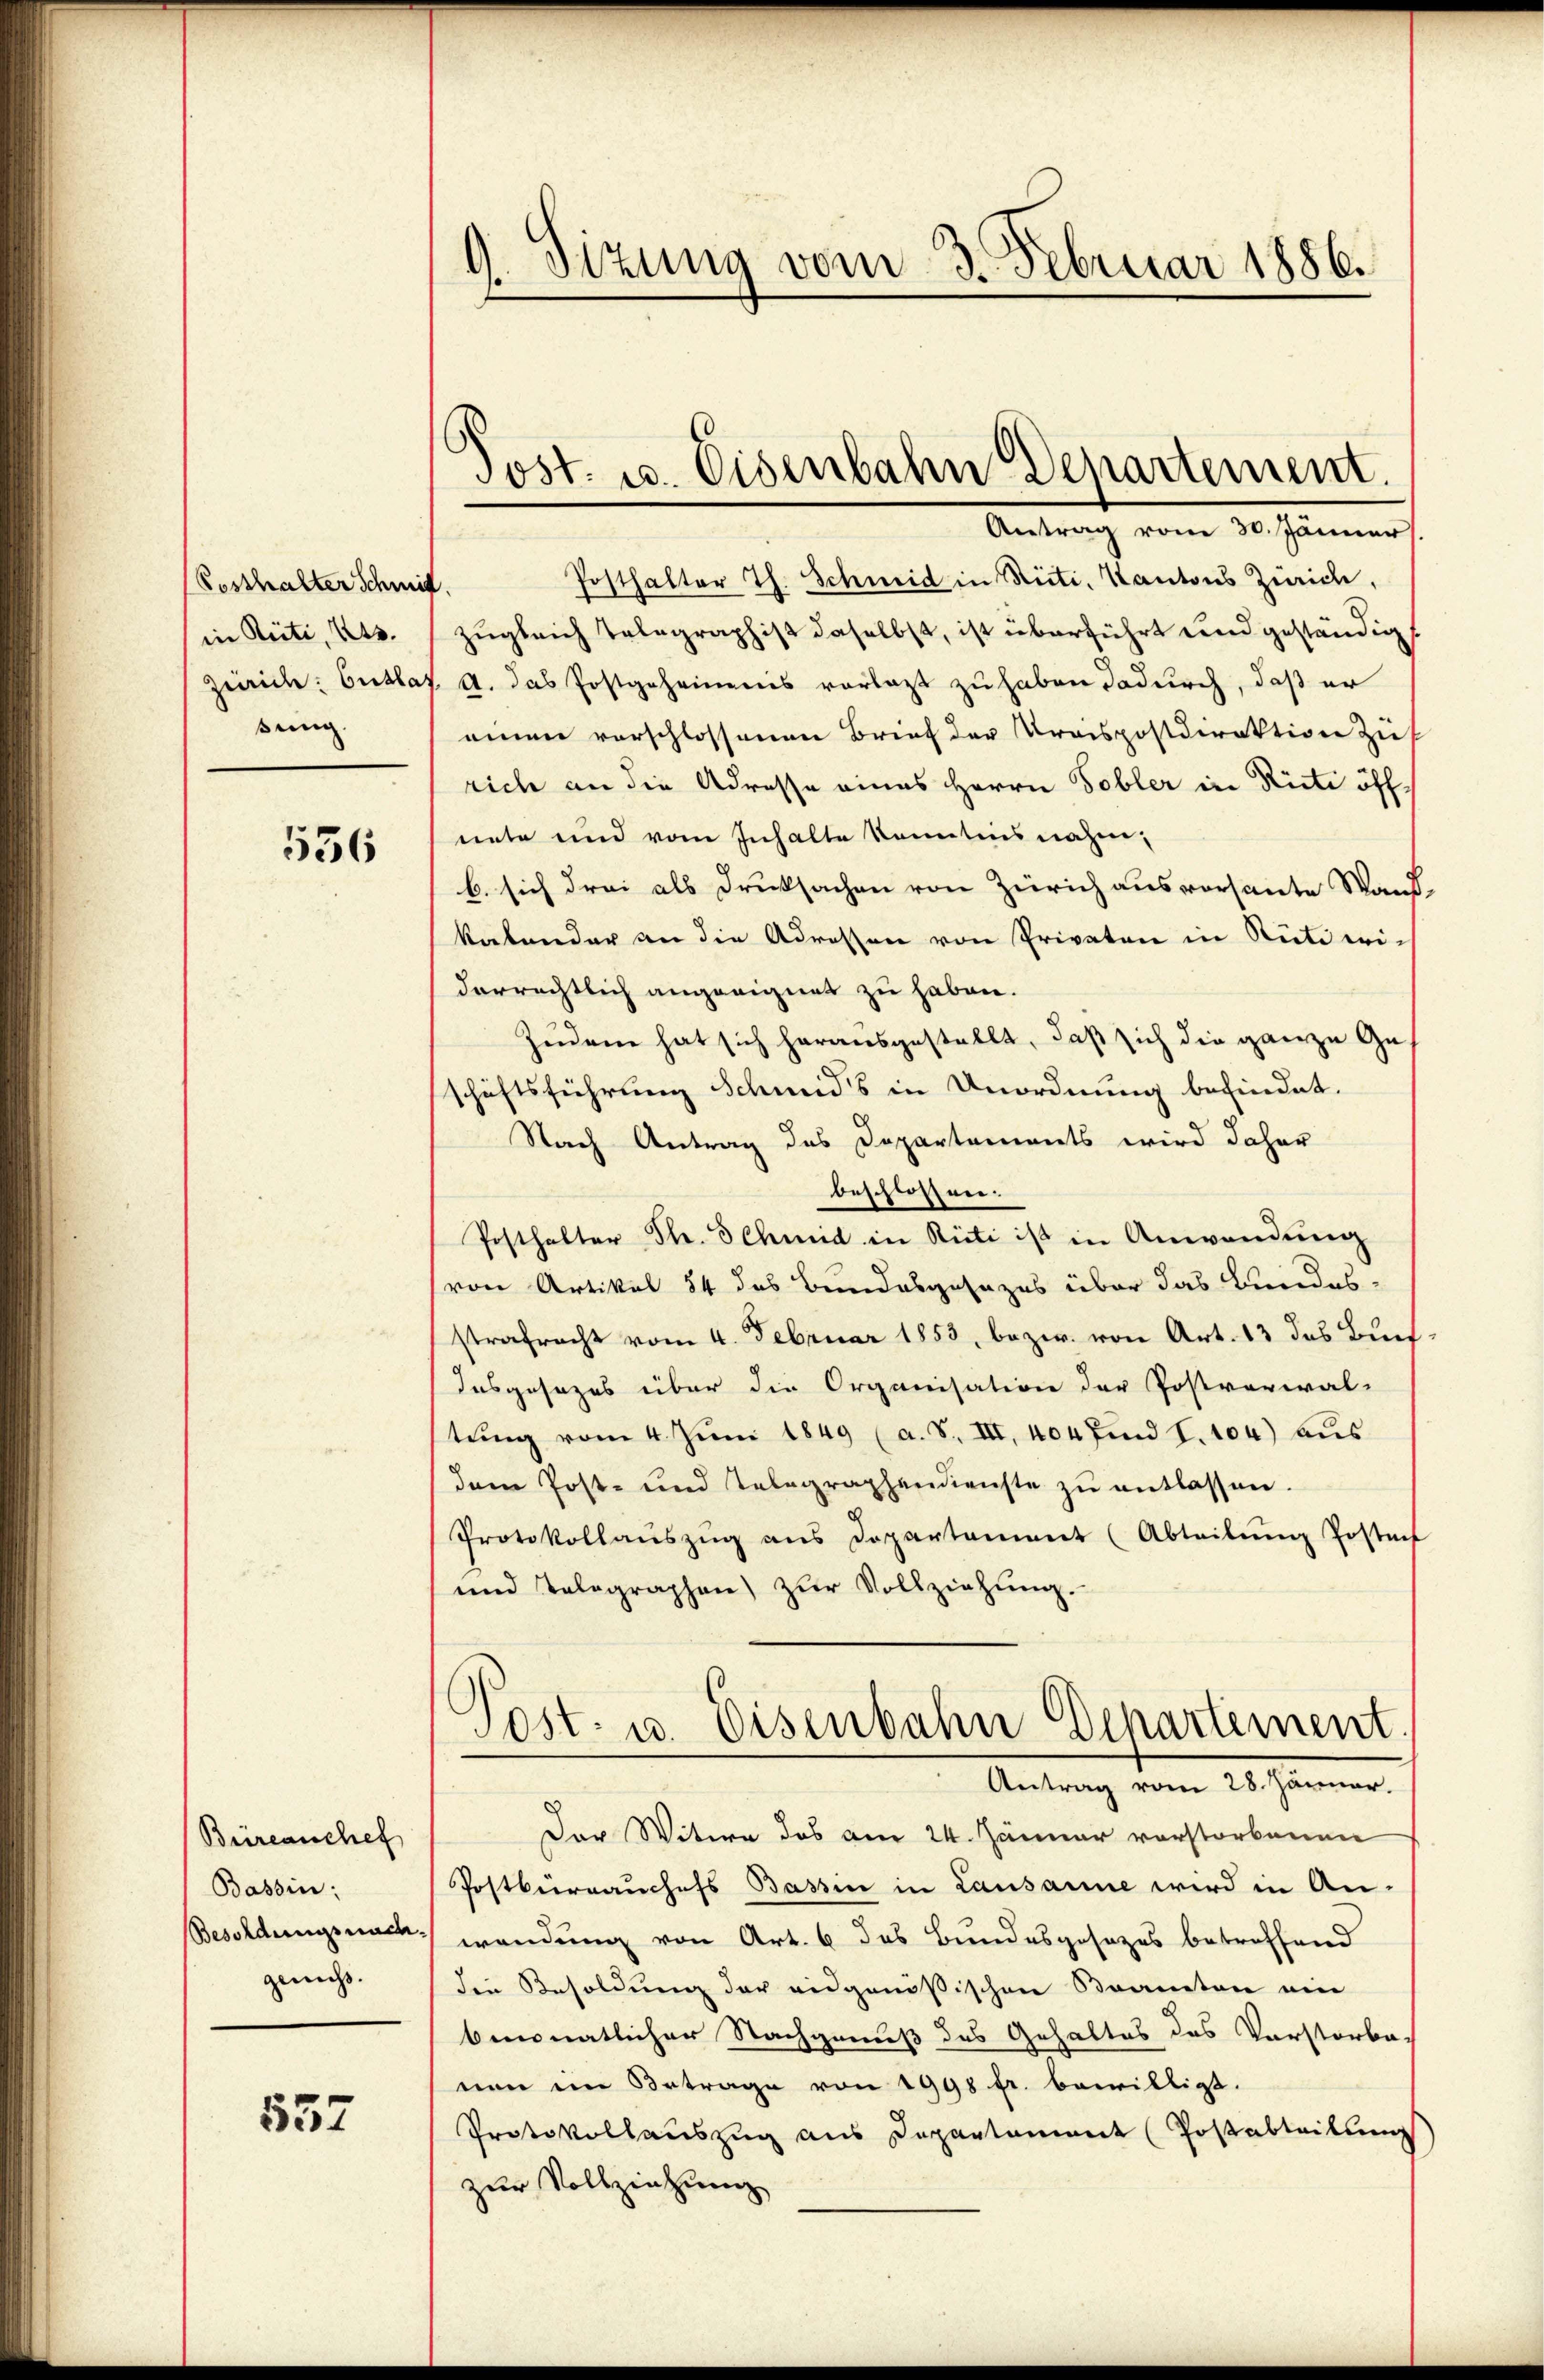
Costhalter Schmit
in Rüti, Kts.
sung

536

Büreanchef
Bassin:
gerichs.

557

Posthalter Th. Schmid in Rüti, Kantons Zürich,
zugleich Telegraphist daselbst, ist überführt und geständig
Zürich: Euslaz, A. das Postgeheimnis vorlast zu haben dadurch, daß er
einen vorschlossenen Brief der Uraspostdirektion zu
rich an die Adresse eines Herrn Tobler in Rüti öff
nete und vom Inhalte kanntens nahm,
b. sich drei als Drucksachen von Zürich ausversante Wand-
kabender an die Adressen von Privaten in Rüti widerrechtlich angeeignet zu haben.
Zudem hat sich herausgestellt, daß sich die ganze Geschäftsführung Schmid’s in Unordnung befindet.
Nach Antrag des Departements wird daher
beschlossen.
Posthalter Th. Schmid in Rüti ist in Anwendung
von Artikel 54 des Bundesgesezes über das Bundes-
strafrecht vom 4. Februar 1853, bezw. von Art. 13 das Buch¬
Iusgesezes über die Organisation der Postverwal-
tŭng vom 4. Jŭni 1849 (a. S. III, 404 find I. 104) aus
dem Post- und Telegraphendienste zŭ entlassen.
Protokollaŭszŭg ans Departament (Abteilŭng Posten
und Telegraphen) zŭr Vollziehung.
Post- u. Eisenbahn Departement
Antrag vom 28. Jänner.
Der Witwe des am 24. Jänner vorstorbenen
Postbürrauchefs Bassin in Lausanne wird in An-
Besoldungsnach wendung von Art. 6 das Bundesgesezes betreffend
die Besoldung der eidgenößischen Beamten ein
bmonatlicher Nachgenuß des Gehaltes des Vorstorbe
nen im Betrage von 1998 fr. bewilligt.
Protokollauszug aus Departament (Postabteilung
zur Vollzeichung

9. Sizung vom 3. Februar 1886.

Post. u. Eisenbahn Departement.
Antrag vom 30. Jänner